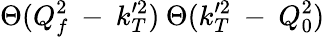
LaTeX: \Theta(Q_{f}^{2}\: -\: k_{T}^{\prime 2})\: \Theta(k_{T}^{\prime 2}\: -\: Q_{0}^{2})